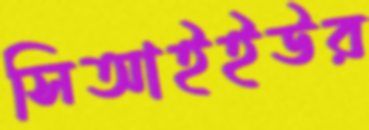
সিআইইউর